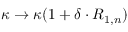
\kappa \rightarrow \kappa ( 1 + \delta \cdot R _ { 1 , n } )